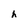
Character: h